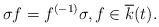
LaTeX: \begin{align*} \sigma f=f^{(-1)}\sigma, f\in\overline{k}(t).\end{align*}